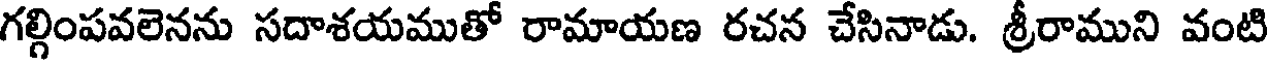
గల్గింపవలెనను సదాశయముతో రామాయణ రచన చేసినాడు. శ్రీరాముని వంటి